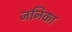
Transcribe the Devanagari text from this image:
जनिका